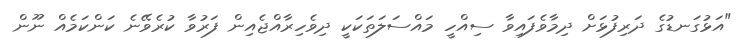
"އަޅުގަނޑުގެ ދަރިފުޅަށް ދިމާވެފައިވާ ސިއްހީ މައްސަލަތަކަކީ ދިވެހިރާއްޖެއިން ފަރުވާ ކުރެވޭނެ ކަންކަމެއް ނޫން